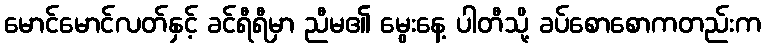
မောင်မောင်လတ်နှင့် ခင်ရီရီမှာ ညီမ၏ မွေးနေ့ ပါတီသို့ ခပ်စောစောကတည်းက